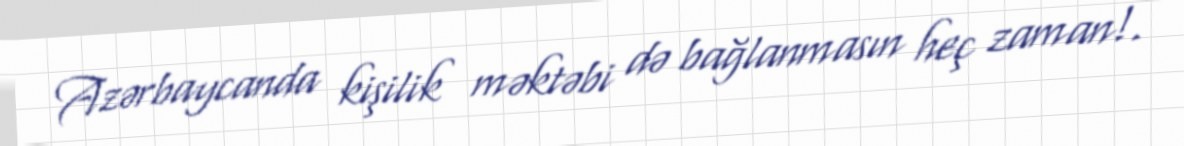
Azərbaycanda kişilik məktəbi də bağlanmasın heç zaman!.